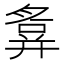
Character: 𢍪